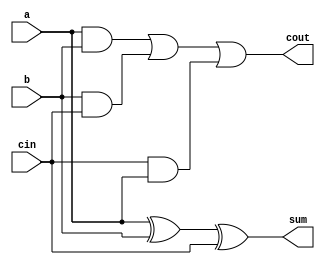
`timescale 1ns / 1ps
//////////////////////////////////////////////////////////////////////////////////
// Company: 
// Engineer: 
// 
// Design Name: 
// Module Name:    FA 
// Project Name: 
// Target Devices: 
// Tool versions: 
// Description: 
//
// Dependencies: 
//
// Revision: 
// Revision 0.01 - File Created
// Additional Comments: 
//
//////////////////////////////////////////////////////////////////////////////////
module FA(input a,b,cin,
          output sum,cout
    );
assign sum = a^b^cin;
assign cout = (a&b) | (b&cin) | (cin&a);

endmodule